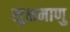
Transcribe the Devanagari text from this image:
सुक्षमाणु